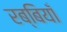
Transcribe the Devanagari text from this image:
रब्बियाँ